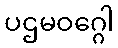
ပဌမဝဂ္ဂေါ